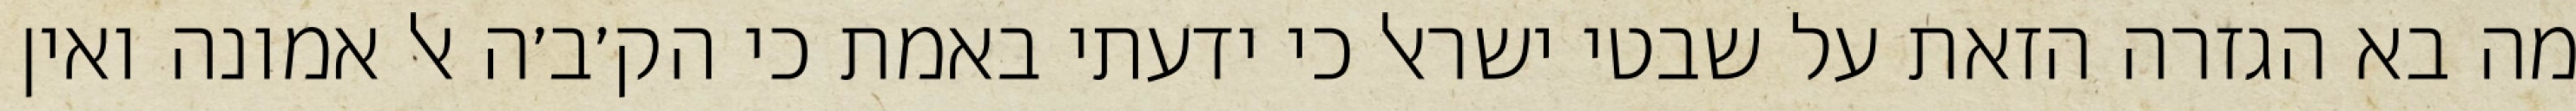
מה בא הגזרה הזאת על שבטי ישראל כי ידעתי באמת כי הק׳ב׳ה אל אמונה ואין